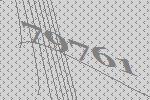
79761